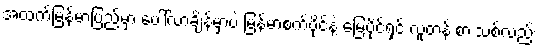
အထက်မြန်မာပြည်မှာ ပေါ်လာချိန်မှာပဲ မြန်မာစက်ပိုင်နဲ့ မြေပိုင်ရှင် လူတန်းစားသစ်လည်း